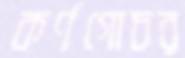
কর্ণগোচর